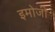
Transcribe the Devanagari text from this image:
इमोजी